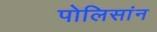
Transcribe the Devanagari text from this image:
पोलिसांन